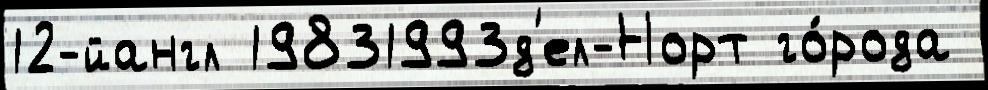
12-йангл 19831993д'ел-Норт го́рода